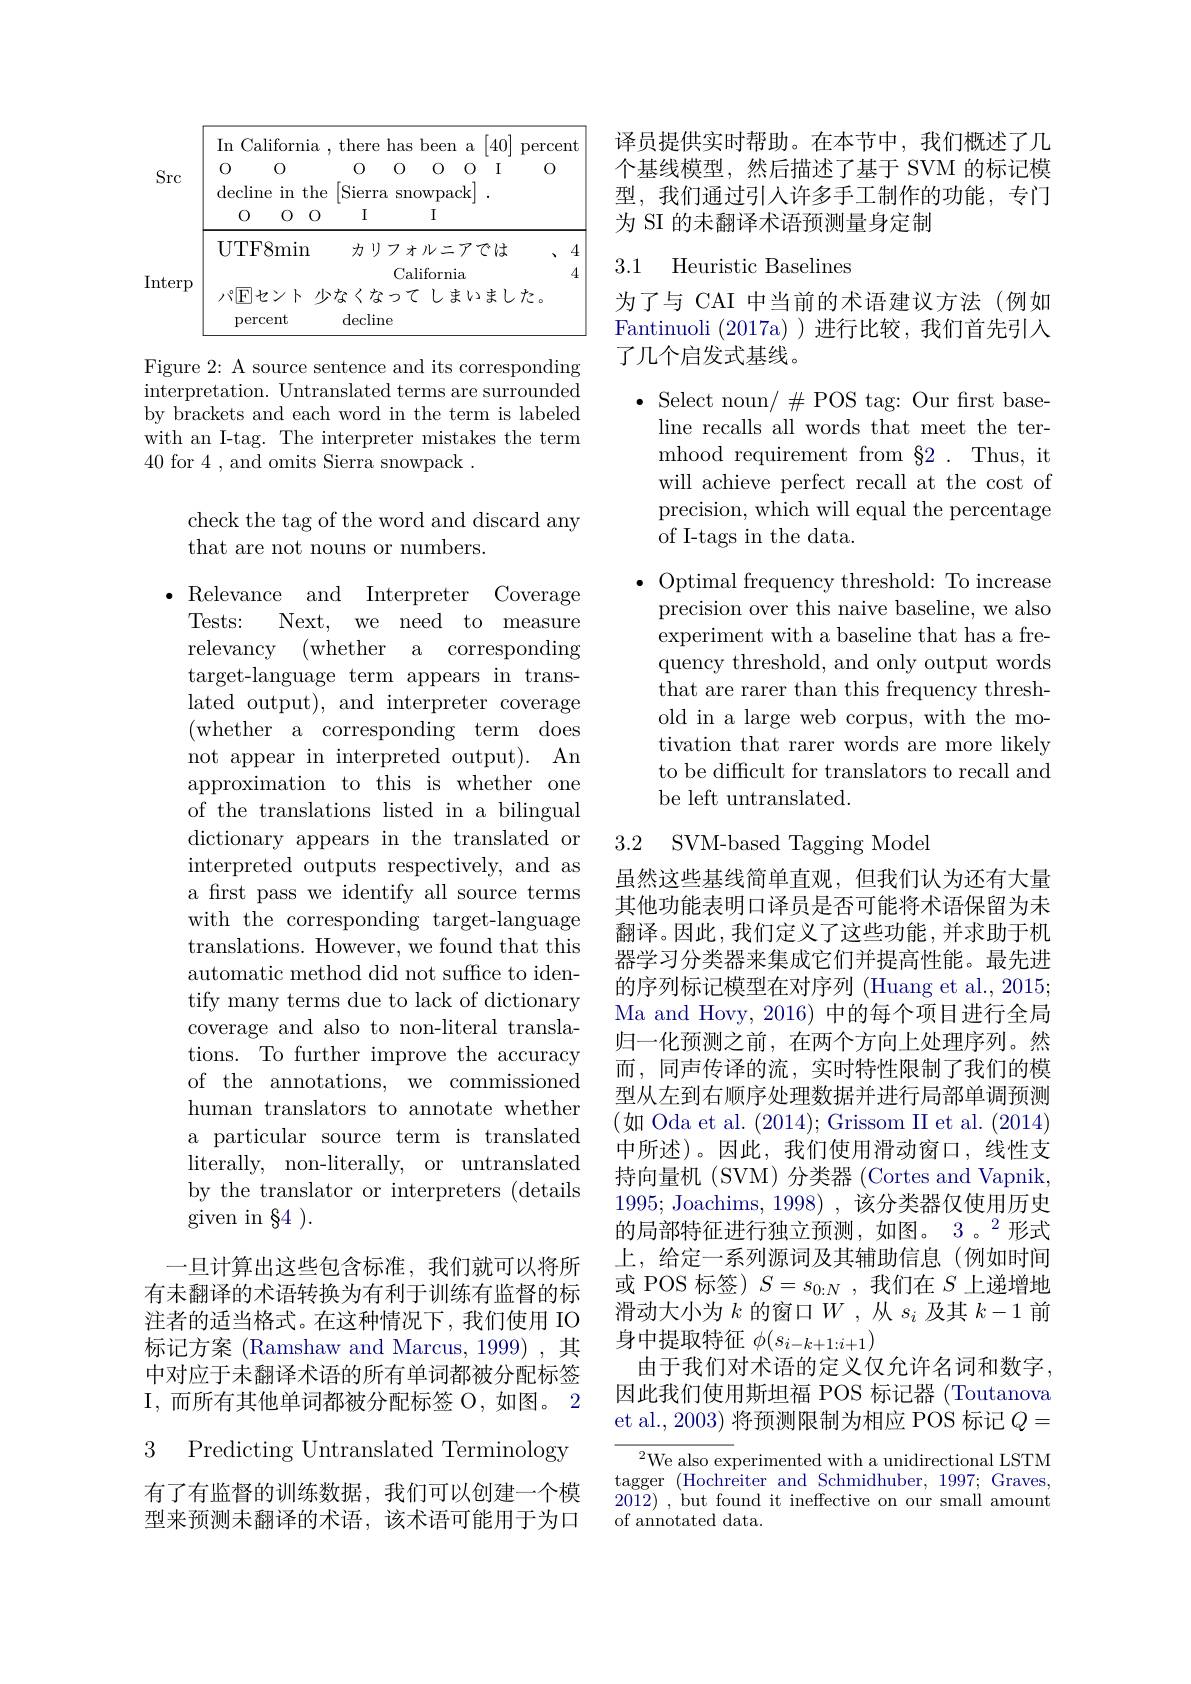
<table>
	<tbody>
		<tr>
			<th> </th>
			<th>In California</th>
			<th>)een $a$</th>
			<th>$f$ 40 $a$</th>
			<th>percent</th>
		</tr>
	</tbody>
</table>

Figure 2: A source sentence and its corresponding $\bar{\text{interpretation. Untranslated terms are surrounded}}$ by brackets and each word in the term is labeled with an I-tag. The interpreter mistakes the term 40 for 4 , and omits Sierra snowpack .

check the tag of the word and discard any
that are not nouns or numbers.

Relevance and Interpreter Coverage
Tests:
Next, we need to measure
relevancy (whether a corresponding target-language term appears in translated output), and interpreter coverage (whether a corresponding term does not appear in interpreted output). An approximation to this is whether one of the translations listed in a bilingual dictionary appears in the translated or interpreted outputs respectively, and as a first pass we identify all source terms with the corresponding target-language translations. However, we found that this automatic method did not suffice to identify many terms due to lack of dictionary coverage and also to non-literal translations. To further improve the accuracy of the annotations, we commissioned human translators to annotate whether a particular source term is translated literally, non-literally, or untranslated by the translator or interpreters (details given in $\S 4$ ).

一旦计算出这些包含标准，我们就可以将所有未翻译的术语转换为有利于训练有监督的标注者的适当格式。在这种情况下，我们使用 IO 标记方案 (Ramshaw and Marcus, 1999) ,其中对应于未翻译术语的所有单词都被分配标签I, 而 所 有 其 他 单 词 都 被 分 配 标 签 O, 如 图 。2

3 Predicting Untranslated Terminology

有了有监督的训练数据，我们可以创建一个模型来预测未翻译的术语，该术语可能用于为口

译员提供实时帮助。在本节中，我们概述了几个基线模型，然后描述了基于 SVM 的标记模型，我们通过引人许多手工制作的功能，专门为 SI 的未翻译术语预测量身定制

### 3.1 Heuristic Baselines

为了与 CAI 中当前的术语建议方法(例如Fantinuoli (2017a))进行比较，我们首先引入了几个启发式基线。

$\bullet$ Select noun/ $\#$POS tag: Our first baseline recalls all words that meet the termhood requirement from §2 . Thus, it will achieve perfect recall at the cost of precision, which will equal the percentage of I-tags in the data.
$\bullet$ Optimal frequency threshold: To increase
precision over this naive baseline, we also experiment with a baseline that has a frequency threshold, and only output words that are rarer than this frequency threshold in a large web corpus, with the motivation that rarer words are more likely to be difficult for translators to recall and be left untranslated.

## 3.2 SVM-based Tagging Model

虽然这些基线简单直观，但我们认为还有大量其他功能表明口译员是否可能将术语保留为未翻译。因此，我们定义了这些功能，并求助于机器学习分类器来集成它们并提高性能。最先进的序列标记模型在对序列 (Huang et al., 2015; Ma and Hovy, 2016) 中的每个项目进行全局归一化预测之前，在两个方向上处理序列。然而，同声传译的流，实时特性限制了我们的模型从左到右顺序处理数据并进行局部单调预测(如 Oda et al. (2014);Grissom II et al.(2014) 中所述)。因此，我们使用滑动窗口，线性支持向量机(SVM)分类器(Cortes and Vapnik, 1995; Joachims, 1998),该分类器仅使用历史的局部特征进行独立预测，如图。3 。$^2$形式上，给定一系列源词及其辅助信息(例如时间或 POS 标签) $S=s_{0:N}$,我们在$S$上递增地滑动大小为$k$的窗口$W$ ,从$s_i$及其$k-1$前身中提取特征$\phi(s_{i-k+1:i+1})$
由于我们对术语的定义仅允许名词和数字， 因此我们使用斯坦福 POS 标记器 (Toutanova et al., 2003) 将预测限制为相应 POS 标记$Q=$

${}^{2}$We also experimented with a unidirectional LSTM tagger (Hochreiter and Schmidhuber, 1997; Graves, 2012) , but found it ineffective on our small amount of annotated data.